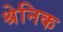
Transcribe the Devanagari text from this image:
श्रेनिक